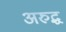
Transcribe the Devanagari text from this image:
अरुद्ध